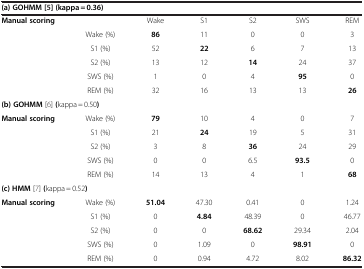
<table><thead><tr><td colspan="7"><b>(a) GOHMM[5](kappa = 0.36)</b></td></tr></thead><tbody><tr><td><b>Manual scoring</b></td><td> </td><td>Wake</td><td>S1</td><td>S2</td><td>SWS</td><td>REM</td></tr><tr><td> </td><td>Wake (%)</td><td><b>86</b></td><td>11</td><td>0</td><td>0</td><td>3</td></tr><tr><td> </td><td>S1 (%)</td><td>52</td><td><b>22</b></td><td>6</td><td>7</td><td>13</td></tr><tr><td> </td><td>S2 (%)</td><td>13</td><td>12</td><td><b>14</b></td><td>24</td><td>37</td></tr><tr><td> </td><td>SWS (%)</td><td>1</td><td>0</td><td>4</td><td><b>95</b></td><td>0</td></tr><tr><td> </td><td>REM (%)</td><td>32</td><td>16</td><td>13</td><td>13</td><td><b>26</b></td></tr><tr><td colspan="7"><b>(b) GOHMM</b>[6]<b>(</b>kappa = 0.50<b>)</b></td></tr><tr><td><b>Manual scoring</b></td><td>Wake (%)</td><td><b>79</b></td><td>10</td><td>4</td><td>0</td><td>7</td></tr><tr><td> </td><td>S1 (%)</td><td>21</td><td><b>24</b></td><td>19</td><td>5</td><td>31</td></tr><tr><td> </td><td>S2 (%)</td><td>3</td><td>8</td><td><b>36</b></td><td>24</td><td>29</td></tr><tr><td> </td><td>SWS (%)</td><td>0</td><td>0</td><td>6.5</td><td><b>93.5</b></td><td>0</td></tr><tr><td> </td><td>REM (%)</td><td>14</td><td>13</td><td>4</td><td>1</td><td><b>68</b></td></tr><tr><td colspan="7"><b>(c) HMM</b>[7]<b>(</b>kappa = 0.52<b>)</b></td></tr><tr><td><b>Manual scoring</b></td><td>Wake (%)</td><td><b>51.04</b></td><td>47.30</td><td>0.41</td><td>0</td><td>1.24</td></tr><tr><td> </td><td>S1 (%)</td><td>0</td><td><b>4.84</b></td><td>48.39</td><td>0</td><td>46.77</td></tr><tr><td> </td><td>S2 (%)</td><td>0</td><td>0</td><td><b>68.62</b></td><td>29.34</td><td>2.04</td></tr><tr><td> </td><td>SWS (%)</td><td>0</td><td>1.09</td><td>0</td><td><b>98.91</b></td><td>0</td></tr><tr><td> </td><td>REM (%)</td><td>0</td><td>0.94</td><td>4.72</td><td>8.02</td><td><b>86.32</b></td></tr></tbody></table>